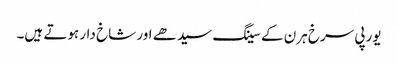
یورپی سرخ ہرن کے سینگ سیدھے اور شاخ دار ہوتے ہیں۔